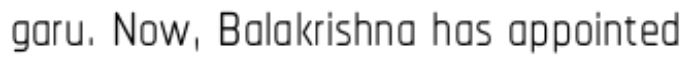
garu. Now, Balakrishna has appointed